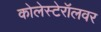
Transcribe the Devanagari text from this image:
कोलेस्टेरॉलवर